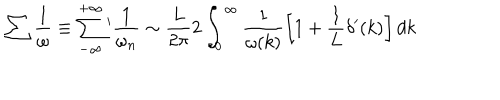
\sum \frac { 1 } { \omega } \equiv \sum _ { - \infty } ^ { + \infty } \, \! ^ { \prime } \frac { 1 } { \omega _ { n } } \sim \frac { L } { 2 \pi } 2 \int _ { 0 } ^ { \infty } \frac { 1 } { \omega ( k ) } \left[ 1 + \frac { 1 } { L } \delta ^ { \prime } ( k ) \right] d k